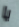
يا